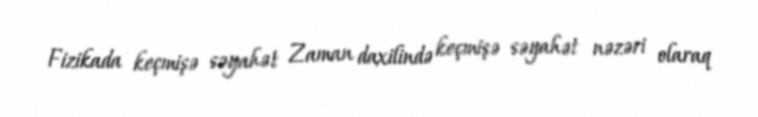
Fizikada keçmişə səyahət Zaman daxilində keçmişə səyahət nəzəri olaraq